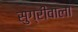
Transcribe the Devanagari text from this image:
सुग्रीवाला